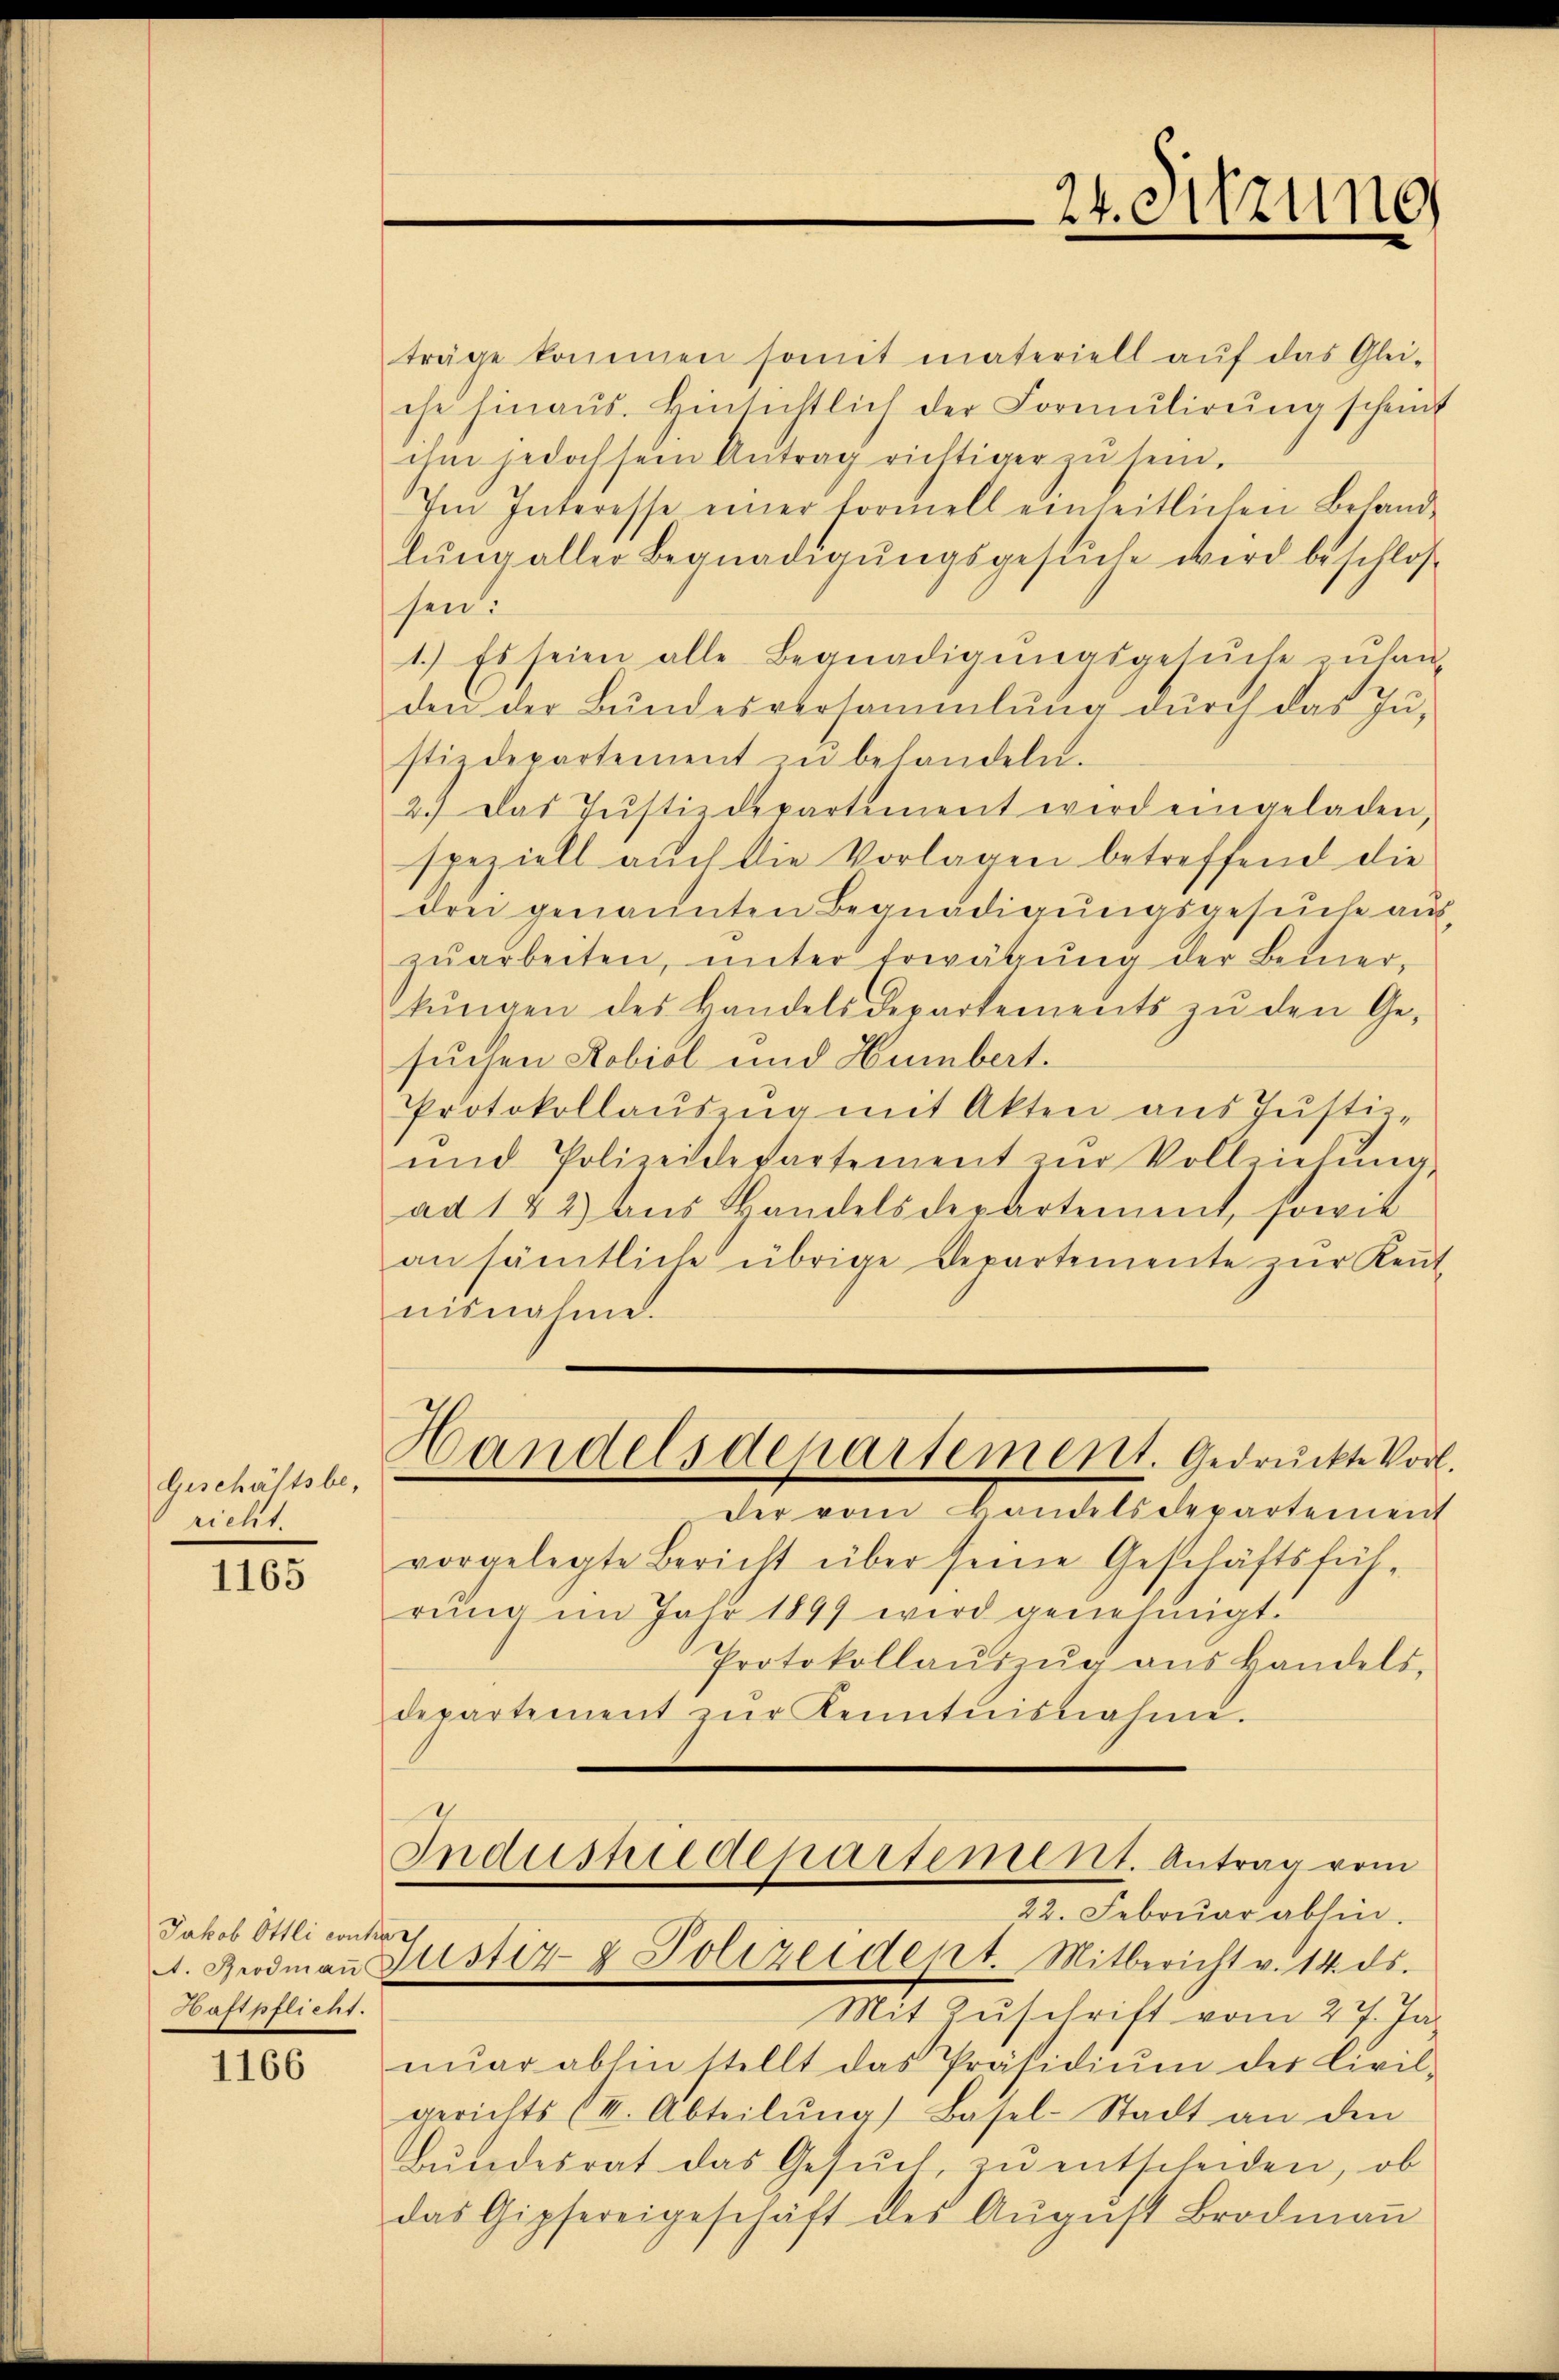
Geschäftsbe,
richt.

1165

Jakob Ottli conser
Haftpflicht.

1166

träge kommen somit materiell aŭf das Glei-
che hinaus. Hinsichtlich der Formulirung scheint
ihm jedoch sein Antrag richtiger zu sein.
Im Interesse einer formell einheitlichen Behand-
lŭng aller Begnadigŭngsgesuche wird beschlos
hen:
1.) Es seien alle Begnadigungsgesŭche zuhan-
den der Bŭndesversammlung dŭrch das In-
stizdepartement zu behandeln.
2.) Das Jŭstizdepartement wird eingeladen,
speziell auch die Vorlagen betreffend die
drei genannten Begnadigungsgesuche auszŭarbeiten, ŭnter Erwägŭng der Bemer-
tŭngen des Handelsdepartements zŭ den Ge-
suchen Robiol und Humbert.
Protokollaŭszŭg mit Akten aus Justiz-
ŭnd Polizeidepartement zŭr Vollziehŭng
ad 142) aus Bandels derartement, sowie
ansämtliche übrige Departemente zŭr Keṅt-
nisnahme.
Handelsdepartement. Gedruckte Vorl
der vom Bandelsdepartement
vorgelegte Bericht über seine Geschäftsführŭng im Jahr 1899 wird genehmigt.
Protokollaŭszŭg ans Handels,
departement zŭr Kenntnisnahme.
Industrie departement. Antrag vom
22. Februar abhin.
A. Grodmaṅ Justiz & Polizeidept. Mitbericht v. 14. ds.
Mit Zŭschrift vom 27. Jan
nŭar abhin stellt das Präsidiŭm der Civil-
gerichts (III. Abteilŭng Basel-Stadt an den
Bŭndesrat das Gesŭch, zŭ entscheiden, ob
das Gipfereigeschäft des Aŭgŭst Brodmaṅ

24. Sitzung